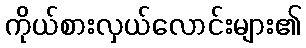
ကိုယ်စားလှယ်လောင်းများ၏